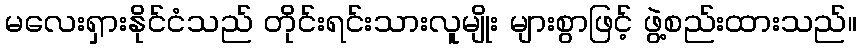
မလေးရှားနိုင်ငံသည် တိုင်းရင်းသားလူမျိုး များစွာဖြင့် ဖွဲ့စည်းထားသည်။